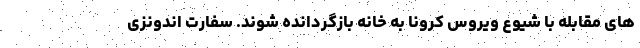
های مقابله با شیوع ویروس کرونا به خانه بازگردانده شوند. سفارت اندونزی